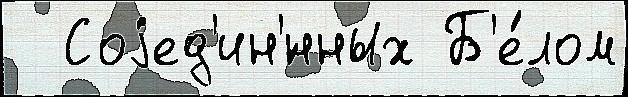
  Соjед'ин'́нных Б'е́лом